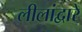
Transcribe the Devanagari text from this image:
लीलांद्वारे